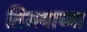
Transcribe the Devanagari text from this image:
तिसर्‍याच्या